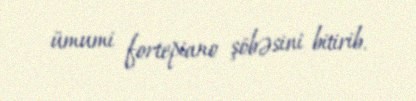
ümumi fortepiano şöbəsini bitirib.